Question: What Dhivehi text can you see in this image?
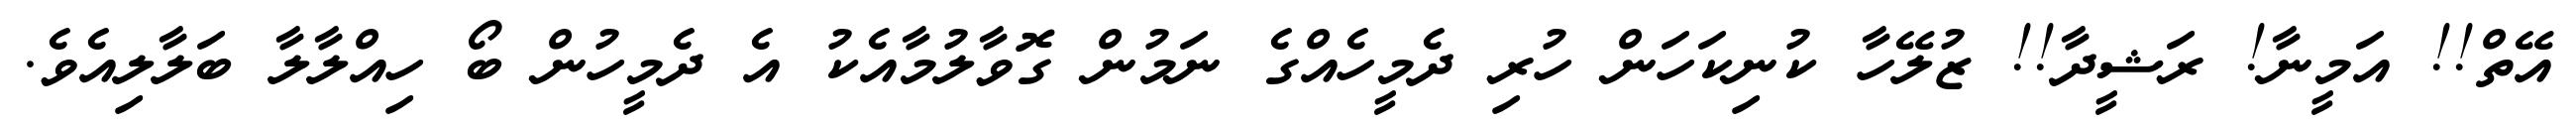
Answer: އޭތް!! އަމީނާ! ރަޝީދާ!! ޒުލޭހާ ކުނިކަހަން ހުރި ދެމީހެއްގެ ނަމުން ގޮވާލުމާއެކު އެ ދެމީހުން ބޯ ހިއްލާލާ ބަލާލިއެވެ.